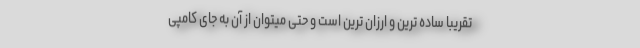
تقریبا ساده ترین و ارزان ترین است و حتی میتوان از آن به جای کامپی